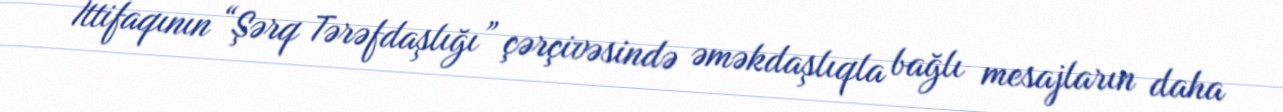
İttifaqının “Şərq Tərəfdaşlığı” çərçivəsində əməkdaşlıqla bağlı mesajların daha